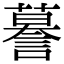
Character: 謩